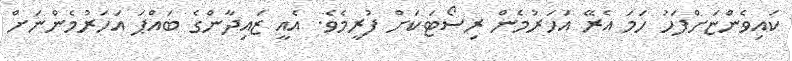
ކައިވެންޏަށްފަހު ހަމަ އެރޭ އަަހަރުމެން ރިސޯޓަކަށް ފުރީމެވެ. އެއީ ޒައިދާންގެ ބައްޕަ އަހަރުމެންނަށް